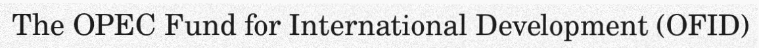
The OPEC Fund for International Development (OFID)